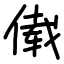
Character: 傤